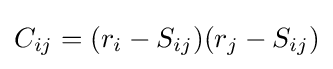
C_{ij}=(r_{i}-S_{ij})(r_{j}-S_{ij})